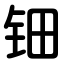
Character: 钿